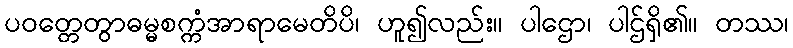
ပဝတ္တေတွာဓမ္မစက္ကံအာရာမေတိပိ၊ ဟူ၍လည်း။ ပါဌော၊ ပါဌ်ရှိ၏။ တဿ၊